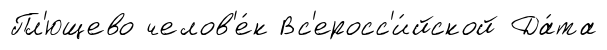
Пл'ющево челов'е́к Вс'еросс'и́йской Да́та